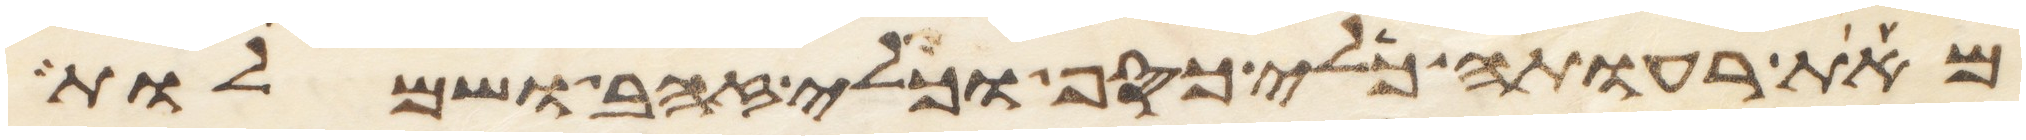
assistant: מאת רעותה כלי כסף וכלי זהב ושמלות